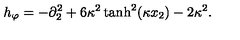
h _ { \varphi } = - \partial _ { 2 } ^ { 2 } + 6 \kappa ^ { 2 } \tanh ^ { 2 } ( \kappa x _ { 2 } ) - 2 \kappa ^ { 2 } .